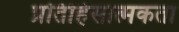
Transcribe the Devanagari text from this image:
प्रतिहिंसात्मकता